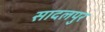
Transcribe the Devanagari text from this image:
सादलपुर